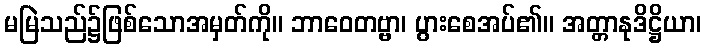
မမြဲသည်၌ဖြစ်သောအမှတ်ကို။ ဘာဝေတဗ္ဗာ၊ ပွားစေအပ်၏။ အတ္တာနုဒိဋ္ဌိယာ၊